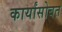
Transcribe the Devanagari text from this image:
कार्यांसोबत